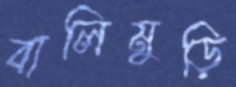
বালিমুড়ি